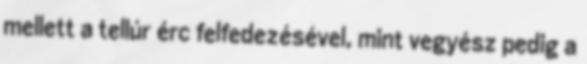
mellett a tellúr érc felfedezésével, mint vegyész pedig a